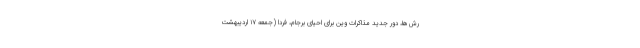
رش‌ها، دور جدید مذاکرات وین برای احیای برجام، فردا (جمعه ۱۷ اردیبهشت